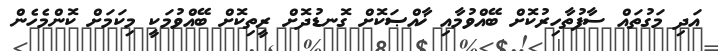
އަދި މަގުތައް ސާފުތާހިރުކޮށް ބޭއްވުމާއި ޚާއްޞަކޮށް ގޮނޑުދޮށް ރީތިކޮށް ބޭއްވުމަކީ މިކަމަށް ކޮންމެހެން